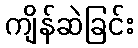
ကျိန်ဆဲခြင်း